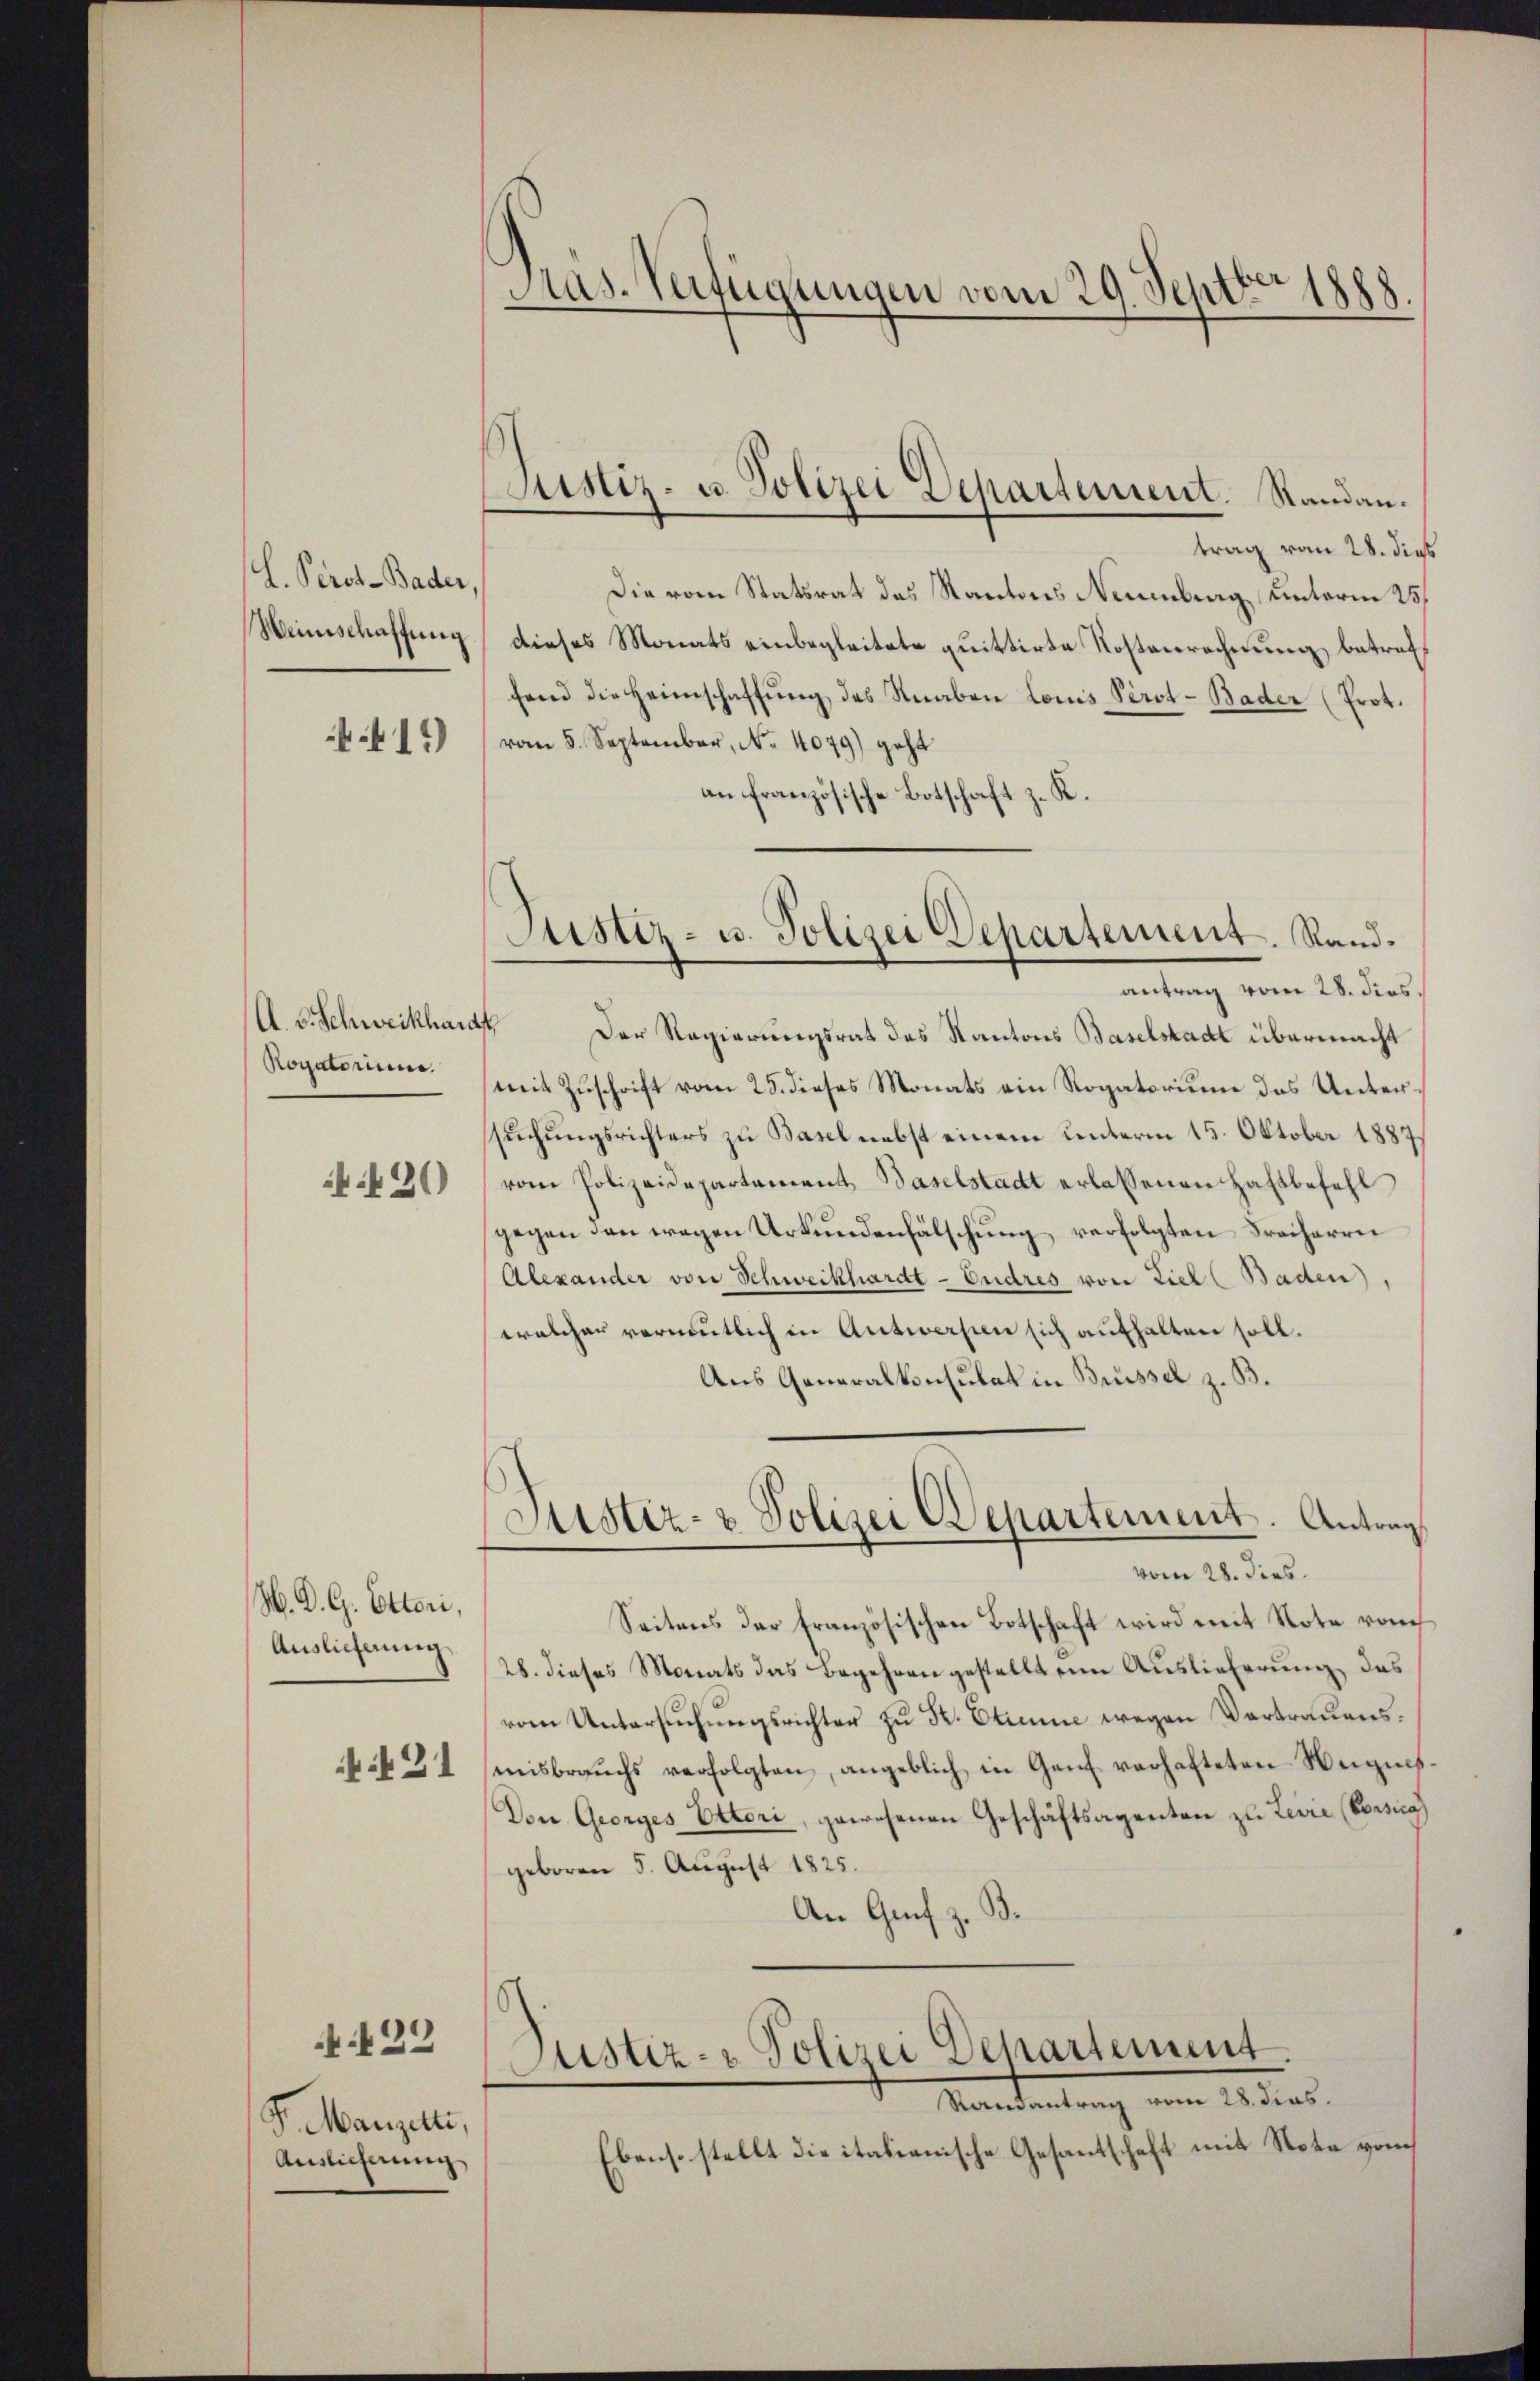
I. Peros - Bader,
Weinschaffung

15)

(A. v. Schweikhard
Rogatorium.

4. 420

M. D. G. Ottori,
Auslieferung

431

S. Manzelli,
Auslicherung

.422

Pas-Verfügungen vom 29. Septbr 1888

Justiz- u. Polizei Departement. Standan¬

Justiz- u. Polizei Departement. Rand¬

trag vom 28. dies
Die vom Statsrat des Kantons Neuenburg unterm 25.
dieses Monats einbegleitete quittirte Kostenrechnung betreff
fend die Heimschaffŭng des Knaben Louis Perot-Bader (Prot.
vom 5. September, No. 4079) geht
2.
an französische Botschaft zu
antrag vom 28. dies.
" Der Regierungsrat des Kantons Baselstadt übermacht
mit Zuschrift vom 25. dieses Monats ein Rogatorium das Untersuchungsrichters zu Basel nebst einem unterm 15. Oktober 1889
vom Polizeidepartement Baselstadt erlassenen Haftbefehl
gegen den wegen Urkundenfälschung verfolgten Freiherrei
Alexander von Schweikhardt-Endres von Ziel (Baden,
welcher vermutlich in Antworfen sich aufhalten soll.
Aus Generalkonsulat in Brüssel z. B.
Justiz- & Polizei Departement. Antrag
vom 28. dies
Seitens der Französischen Botschaft wird mit Note von
28. dieses Monats das Begehren gestellt ein Auslieferung, das
vom Untersuchungsrichter zu Sr. Etienne wegen Vertrauens.
misbrauchs verfolgten, angeblich in Genf verhafteten Neigues.
Don Georges Ottori, gewesenen Geschäftsagenten zu Levie (Vorzug
geboren 5. August 1825.
An Genf z. B.
Stistiz- & Polizei Departement.
Randantrag vom 28. diens.
Ebenso stellt die italienische Gesantschaft mit Nota vom